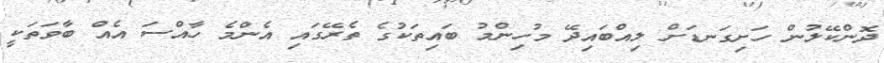
ދޮންކޭލުން ހަށިގަނޑަށް ލިއްބައިދޭ މުހިންމު ބައިތަކުގެ ތެރޭގައި އެންމެ ހާއްސަ އެއް ބާވަތަކީ